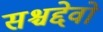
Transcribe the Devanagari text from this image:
सश्चद्देवो